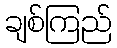
ချစ်ကြည်